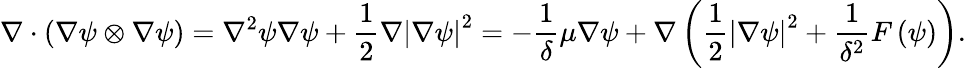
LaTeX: \nabla\cdot\left(\nabla\psi\otimes\nabla\psi\right)=\nabla^{2}\psi\nabla\psi+\frac{1}{2}\nabla\left|\nabla\psi\right|^{2}=-\frac{1}{\delta}\mu\nabla\psi+\nabla\left(\frac{1}{2}\left|\nabla\psi\right|^{2}+\frac{1}{\delta^{2}}F\left(\psi\right)\right).